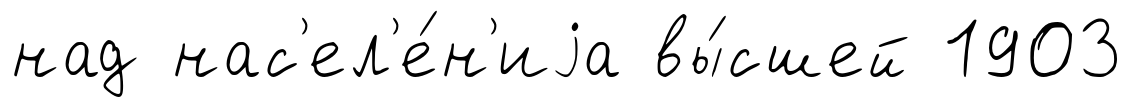
над нас'ел'е́н'иjа вы́сшей 1903